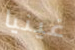
غينيا